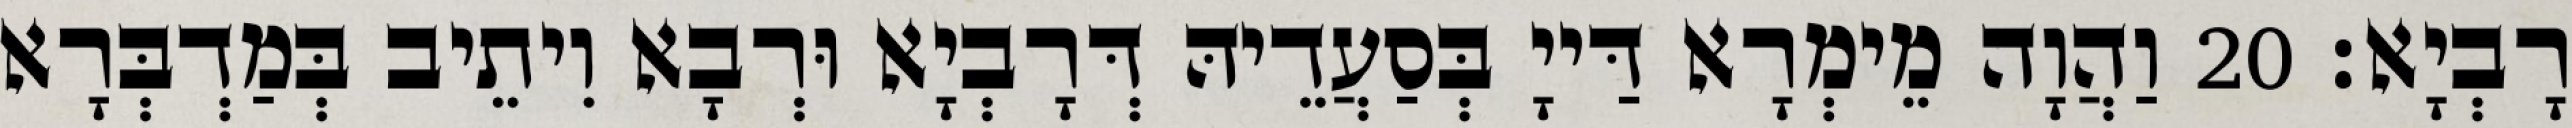
רָבְיָא׃ 20 וַהֲוָה מֵימְרָא דַּייָ בְּסַעֲדֵיהּ דְּרָבְיָא וּרְבָא וִיתֵיב בְּמַדְבְּרָא